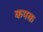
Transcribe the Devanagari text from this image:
कपक